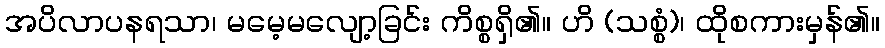
အပိလာပနရသာ၊ မမေ့မလျော့ခြင်း ကိစ္စရှိ၏။ ဟိ (သစ္စံ)၊ ထိုစကားမှန်၏။